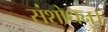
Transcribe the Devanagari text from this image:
संशोधन।